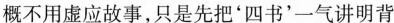
概不用虚应故事，只是先把'四书'一气讲明背